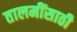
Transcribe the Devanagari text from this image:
तालमींसाठी